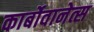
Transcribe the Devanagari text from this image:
कार्बोवानेत्स